Lunatic asylums Punjab 1911-1921 - 1911-1921
Year: 1911
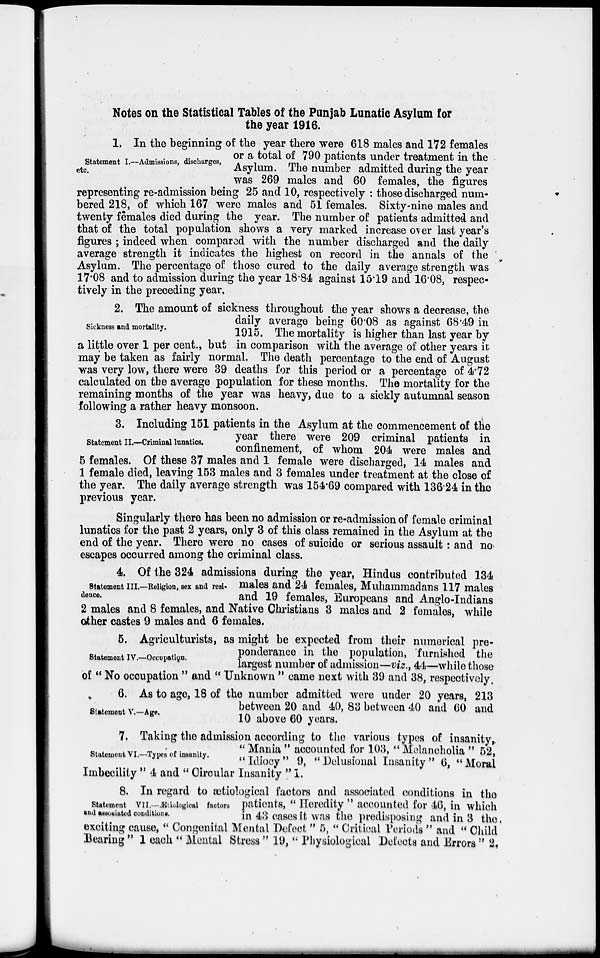
Notes on the Statistical Tables of the Punjab Lunatic Asylum for
the year 1916.
Statement I.—Admissions, discharges,
etc.
1. In the beginning of the year there were 618 males and 172 females
or a total of 790 patients under treatment in the
Asylum. The number admitted during the year
was 269 males and 60 females, the figures
representing re-admission being 25 and 10, respectively : those discharged num-
bered 218, of which 167 were males and 51 females. Sixty-nine males and
twenty females died during the year. The number of patients admitted and
that of the total population shows a very marked increase over last year's
figures ; indeed when compared with the number discharged and the daily
average strength it indicates the highest on record in the annals of the
Asylum. The percentage of those cured to the daily average strength was
17.08 and to admission during the year 18.84 against 15.19 and 16.08, respec-
tively in the preceding year.
Sickness and mortality.
2. The amount of sickness throughout the year shows a decrease, the
daily average being 60.08 as against 68.49 in
1915. The mortality is higher than last year by
a little over 1 per cent., but in comparison with the average of other years it
may be taken as fairly normal. The death percentage to the end of August
was very low, there were 39 deaths for this period or a percentage of 4.72
calculated on the average population for these months. The mortality for the
remaining months of the year was heavy, due to a sickly autumnal season
following a rather heavy monsoon.
Statement II.––Criminal lunatics.
3. Including 151 patients in the Asylum at the commencement of the
year there were 209 criminal patients in
confinement, of whom 204 were males and
5 females. Of these 37 males and 1 female were discharged, 14 males and
1 female died, leaving 153 males and 3 females under treatment at the close of
the year. The daily average strength was 154. 69 compared with 136.24 in the
previous year.
Singularly there has been no admission or re-admission of female criminal
lunatics for the past 2 years, only 3 of this class remained in the Asylum at the
end of the year. There were no cases of suicide or serious assault : and no
escapes occurred among the criminal class.
Statement III.—Religion, sex and resi-
dence.
4. Of the 324 admissions during the year, Hindus contributed 134
males and 24 females, Muhammadans 117 males
and 19 females, Europeans and Anglo-Indians
2 males and 8 females, and Native Christians 3 males and 2 females, while
other castes 9 males and 6 females.
Statement IV.—Occupation.
5. Agriculturists, as might be expected from their numerical pre-
ponderance in the population, furnished the
largest number of admission—viz., 44—while those
of " No occupation " and " Unknown " came next with 39 and 38, respectively.
Statement V.—Age.
6. As to age, 18 of the number admitted were under 20 years, 213
between 20 and 40, 83 between 40 and 60 and
10 above 60 years.
Statement VI.—Types of insanity.
7. Taking the admission according to the various types of insanity,
" Mania " accounted for 103, " Melancholia " 52,
"Idiocy" 9, "Delusional Insanity" 6, "Moral
Imbecility " 4 and "Circular Insanity "I.
Statement VII.—Ætiological factors
and associated conditions.
8. In regard to ætiological factors and associated conditions in the
patients, " Heredity " accounted for 46, in which
in 43 cases it was the predisposing and in 3 the
exciting cause, " Congenital Mental Defect " 5, " Critical Periods " and " Child
Bearing " 1 each " Mental Stress " 19, " Physiological Defects and Errors " 2.